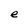
Character: e